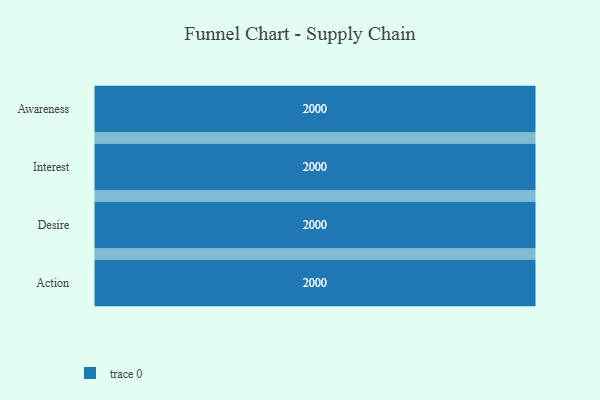
{"axis": {"x": "Stage", "y": "Value"}, "legend": [""], "data": [{"x": "Awareness", "y": 2000, "type": ""}, {"x": "Interest", "y": 2000, "type": ""}, {"x": "Desire", "y": 2000, "type": ""}, {"x": "Action", "y": 2000, "type": ""}]}